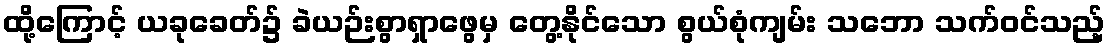
ထို့ကြောင့် ယခုခေတ်၌ ခဲယဉ်းစွာရှာဖွေမှ တွေ့နိုင်သော စွယ်စုံကျမ်း သဘော သက်ဝင်သည့်